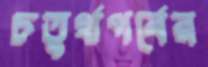
চতুর্থপর্বের